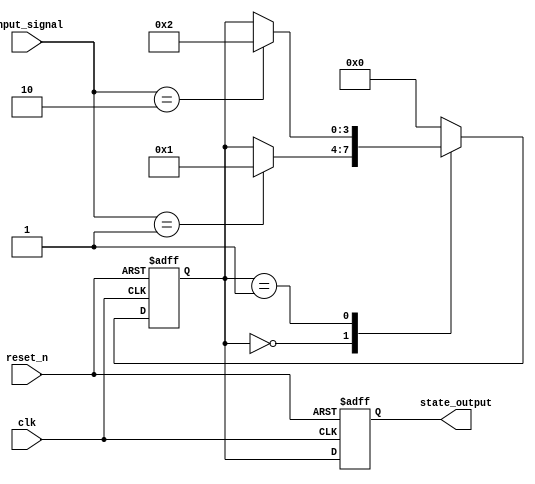
module default_state_initialization (
    input wire clk,           // Clock signal
    input wire reset_n,      // Active-low reset signal
    input wire [1:0] input_signal, // Example input signals
    output reg [3:0] state_output // Example output based on state
);

// State Variables
reg [3:0] state; // 4-bit state variable

// State Encoding
localparam STATE_IDLE = 4'b0000,
           STATE_RUN  = 4'b0001,
           STATE_DONE = 4'b0010;

// Reset Condition
always @(posedge clk or negedge reset_n) begin
    if (!reset_n) begin
        // Initialization Logic
        state <= STATE_IDLE; // Set initial state to IDLE
        state_output <= 4'b0000; // Initialize output to zero
    end else begin
        // State Transition Logic
        case (state)
            STATE_IDLE: begin
                if (input_signal == 2'b01) begin
                    state <= STATE_RUN; // Transition to RUN state
                end
            end
            STATE_RUN: begin
                if (input_signal == 2'b10) begin
                    state <= STATE_DONE; // Transition to DONE state
                end
            end
            STATE_DONE: begin
                // Example: Return to IDLE state after DONE
                state <= STATE_IDLE; // Transition back to IDLE
            end
            default: state <= STATE_IDLE; // Fallback to IDLE state
        endcase
        
        // Output Logic
        state_output <= state; // Output current state
    end
end

endmodule